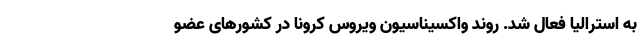
به استرالیا فعال شد. روند واکسیناسیون ویروس کرونا در کشورهای عضو